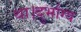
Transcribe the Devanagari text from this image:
था।दुर्भाग्य